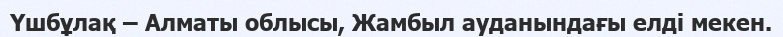
Үшбұлақ – Алматы облысы, Жамбыл ауданындағы елді мекен.